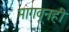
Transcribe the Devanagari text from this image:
मागवूनही